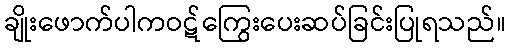
ချိုးဖောက်ပါကဝဋ်ကြွေးပေးဆပ်ခြင်းပြုရသည်။